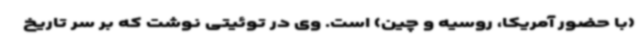
(با حضور آمریکا، روسیه و چین) است. وی در توئیتی نوشت که بر سر تاریخ